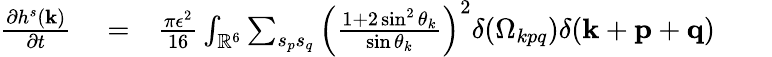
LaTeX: \begin{array}{rlr}{\frac{\partial h^{s}({\mathbf k})}{\partial t}}&{{}=}&{\frac{\pi\epsilon^{2}}{16}\int_{{\mathbb{R}}^{6}}\sum_{s_{p}s_{q}}\left(\frac{1+2\sin^{2}\theta_{k}}{\sin\theta_{k}}\right)^{2}\delta(\Omega_{kpq})\delta({\mathbf k}+{\mathbf p}+{\mathbf q})\quad\quad}\end{array}